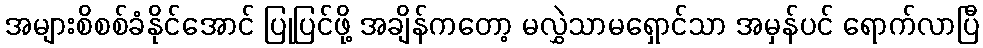
အများစိစစ်ခံနိုင်အောင် ပြုပြင်ဖို့ အချိန်ကတော့ မလွှဲသာမရှောင်သာ အမှန်ပင် ရောက်လာပြီ